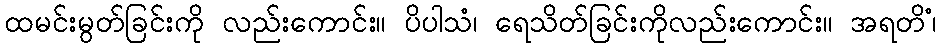
ထမင်းမွတ်ခြင်းကို လည်းကောင်း။ ပိပါသံ၊ ရေသိတ်ခြင်းကိုလည်းကောင်း။ အရတိံ၊